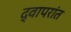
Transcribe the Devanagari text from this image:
द्वापरांत